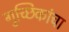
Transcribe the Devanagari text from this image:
गुच्छिकांचा